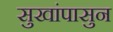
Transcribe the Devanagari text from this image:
सुखांपासुन